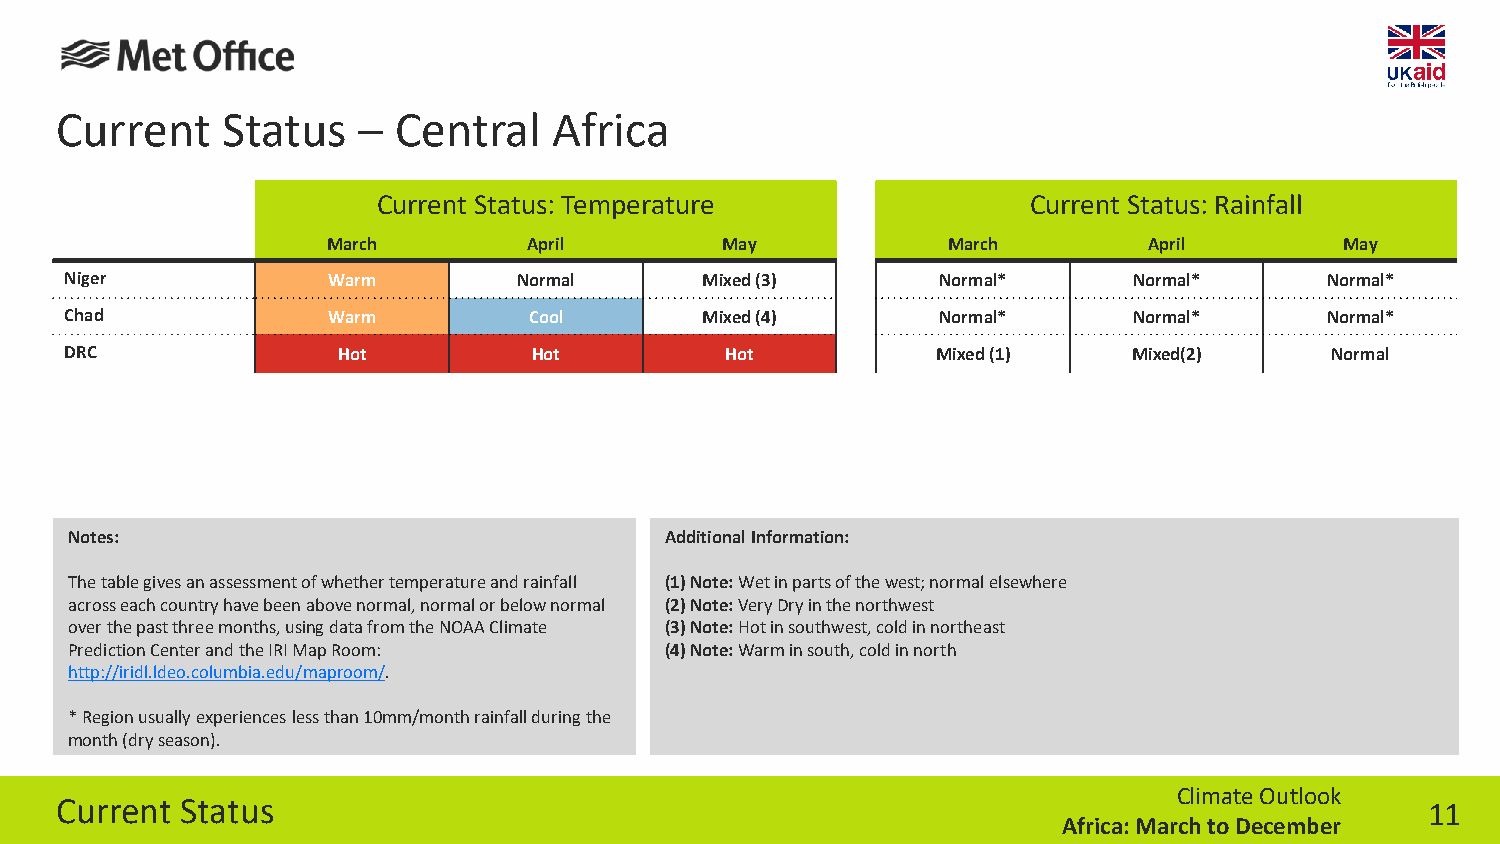
Current    Status   – Central    Africa
 Current Status: Temperature                Current Status: Rainfall
 March        April        May            March        April        May
 Niger             Warm        Normal      Mixed (3)       Normal*      Normal*      Normal*
 Chad              Warm         Cool       Mixed (4)       Normal*      Normal*      Normal*
 DRC               Hot          Hot          Hot           Mixed (1)    Mixed(2)     Normal
 Notes:                                 Additional Information:
 The table gives an assessment of whether temperature and rainfall (1) Note: Wet in parts of the west; normal elsewhere
 across each country have been above normal, normal or below normal (2) Note: Very Dry in the northwest
 over the past three months, using data from the NOAA Climate (3) Note: Hot in southwest, cold in northeast
 Prediction Center and the IRI Map Room: (4) Note: Warm in south, cold in north
 http://iridl.ldeo.columbia.edu/maproom/.
 * Region usually experiences less than 10mm/month rainfall during the
 month (dry season).
 Climate Outlook
 Current Status                                                                             11
 Africa: March to December